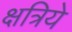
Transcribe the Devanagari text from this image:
क्षत्रिये